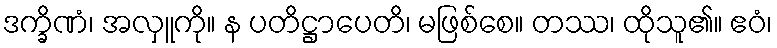
ဒက္ခိဏံ၊ အလှူကို။ န ပတိဋ္ဌာပေတိ၊ မဖြစ်စေ။ တဿ၊ ထိုသူ၏။ ဧဝံ၊